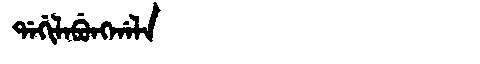
Manchu: ᡩᠠᡤᡳᠯᠠᠪᡠᠩᡤᠠᠯᠠ
Romanization: DAGILABUNGGALA